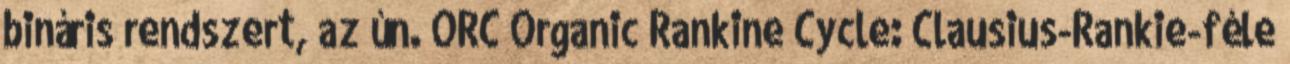
bináris rendszert, az ún. ORC Organic Rankine Cycle: Clausius-Rankie-féle